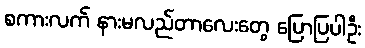
စကားလက် နားမလည်တာလေးတွေ ပြောပြပါဦး